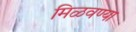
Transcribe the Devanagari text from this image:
मिळवण्या